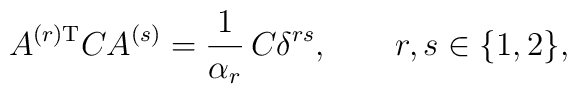
A^{(r) {\rm T}} C A^{(s)} = \frac{1}{\alpha_r}\, C \delta^{rs}, \qquad r,s\in \{1,2\},